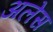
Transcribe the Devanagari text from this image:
अलेस